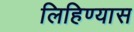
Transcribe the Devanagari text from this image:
लिहिण्‍यास